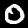
Digit: 0